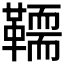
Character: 𩍄